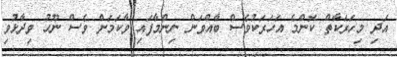
އަދި މިހަރަކާތް ކޮންމެ އަހަރަކުވެސް ބާއްވަން ނިންމާފައި ވާކަމަށް ވެސް ނޫހު ވިދާޅުވި